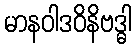
မာနဝါဒဝိနိဗဒ္ဓါ